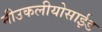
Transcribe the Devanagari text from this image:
नीउकलीयोसाईड